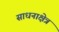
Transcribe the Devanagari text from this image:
साधनाक्षेत्र